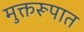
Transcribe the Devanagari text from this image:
मुक्तरूपात